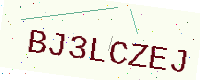
Text: BJ3LCZEJ